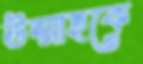
উম্মাহকে